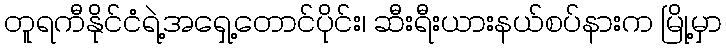
တူရကီနိုင်ငံရဲ့အရှေ့တောင်ပိုင်း၊ ဆီးရီးယားနယ်စပ်နားက မြို့မှာ